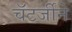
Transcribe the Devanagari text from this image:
चॅटर्जीने